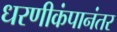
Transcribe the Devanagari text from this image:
धरणीकंपानंतर